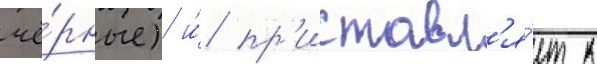
чё́рные) и́ пр'иставл'я́ет к